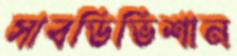
সাবডিভিশান